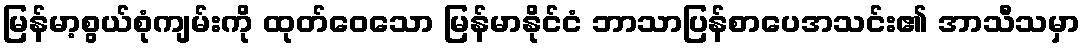
မြန်မာ့စွယ်စုံကျမ်းကို ထုတ်ဝေသော မြန်မာနိုင်ငံ ဘာသာပြန်စာပေအသင်း၏ အာသီသမှာ